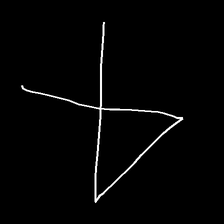
Glyph: collection